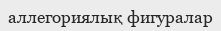
аллегориялық фигуралар